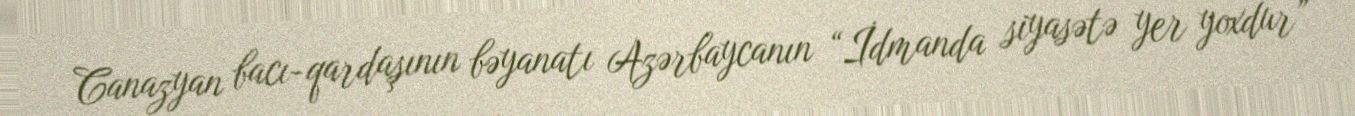
Canazyan bacı-qardaşının bəyanatı Azərbaycanın “İdmanda siyasətə yer yoxdur”